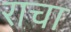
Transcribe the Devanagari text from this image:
राचा